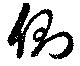
側